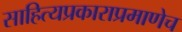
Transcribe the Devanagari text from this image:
साहित्यप्रकाराप्रमाणेच